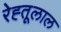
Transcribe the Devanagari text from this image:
रेह्तूलाल